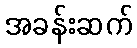
အခန်းဆက်